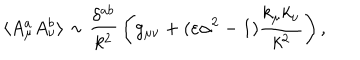
LaTeX: \langle A _ { \mu } ^ { a } A _ { \nu } ^ { b } \rangle \sim { \frac { \delta ^ { a b } } { k ^ { 2 } } } \left( g _ { \mu \nu } + ( \varepsilon \alpha ^ { 2 } - 1 ) { \frac { k _ { \mu } k _ { \nu } } { k ^ { 2 } } } \right) ,